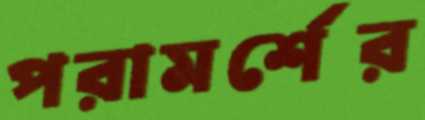
পরামর্শের